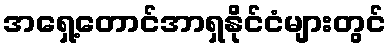
အရှေ့တောင်အာရှနိုင်ငံများတွင်